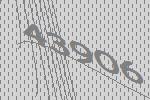
43906